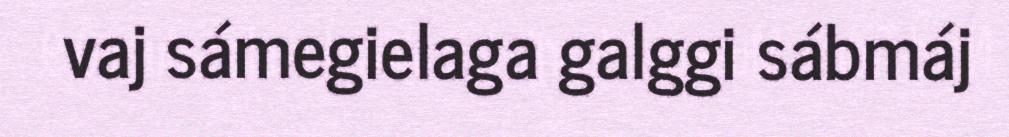
vaj sámegielaga galggi sábmáj